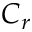
C _ { r }